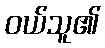
ဝယ်သူ၏